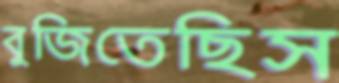
বুজিতেছিস